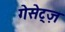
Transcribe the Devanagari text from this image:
गेसेट्ज़